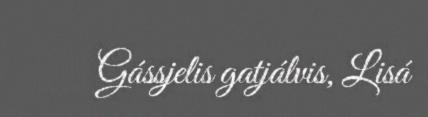
Gássjelis gatjálvis, Lisá